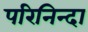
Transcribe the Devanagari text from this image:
परिनिन्दा